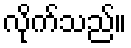
လိုက်သည်။